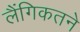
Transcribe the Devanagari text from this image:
लैंगिकतने